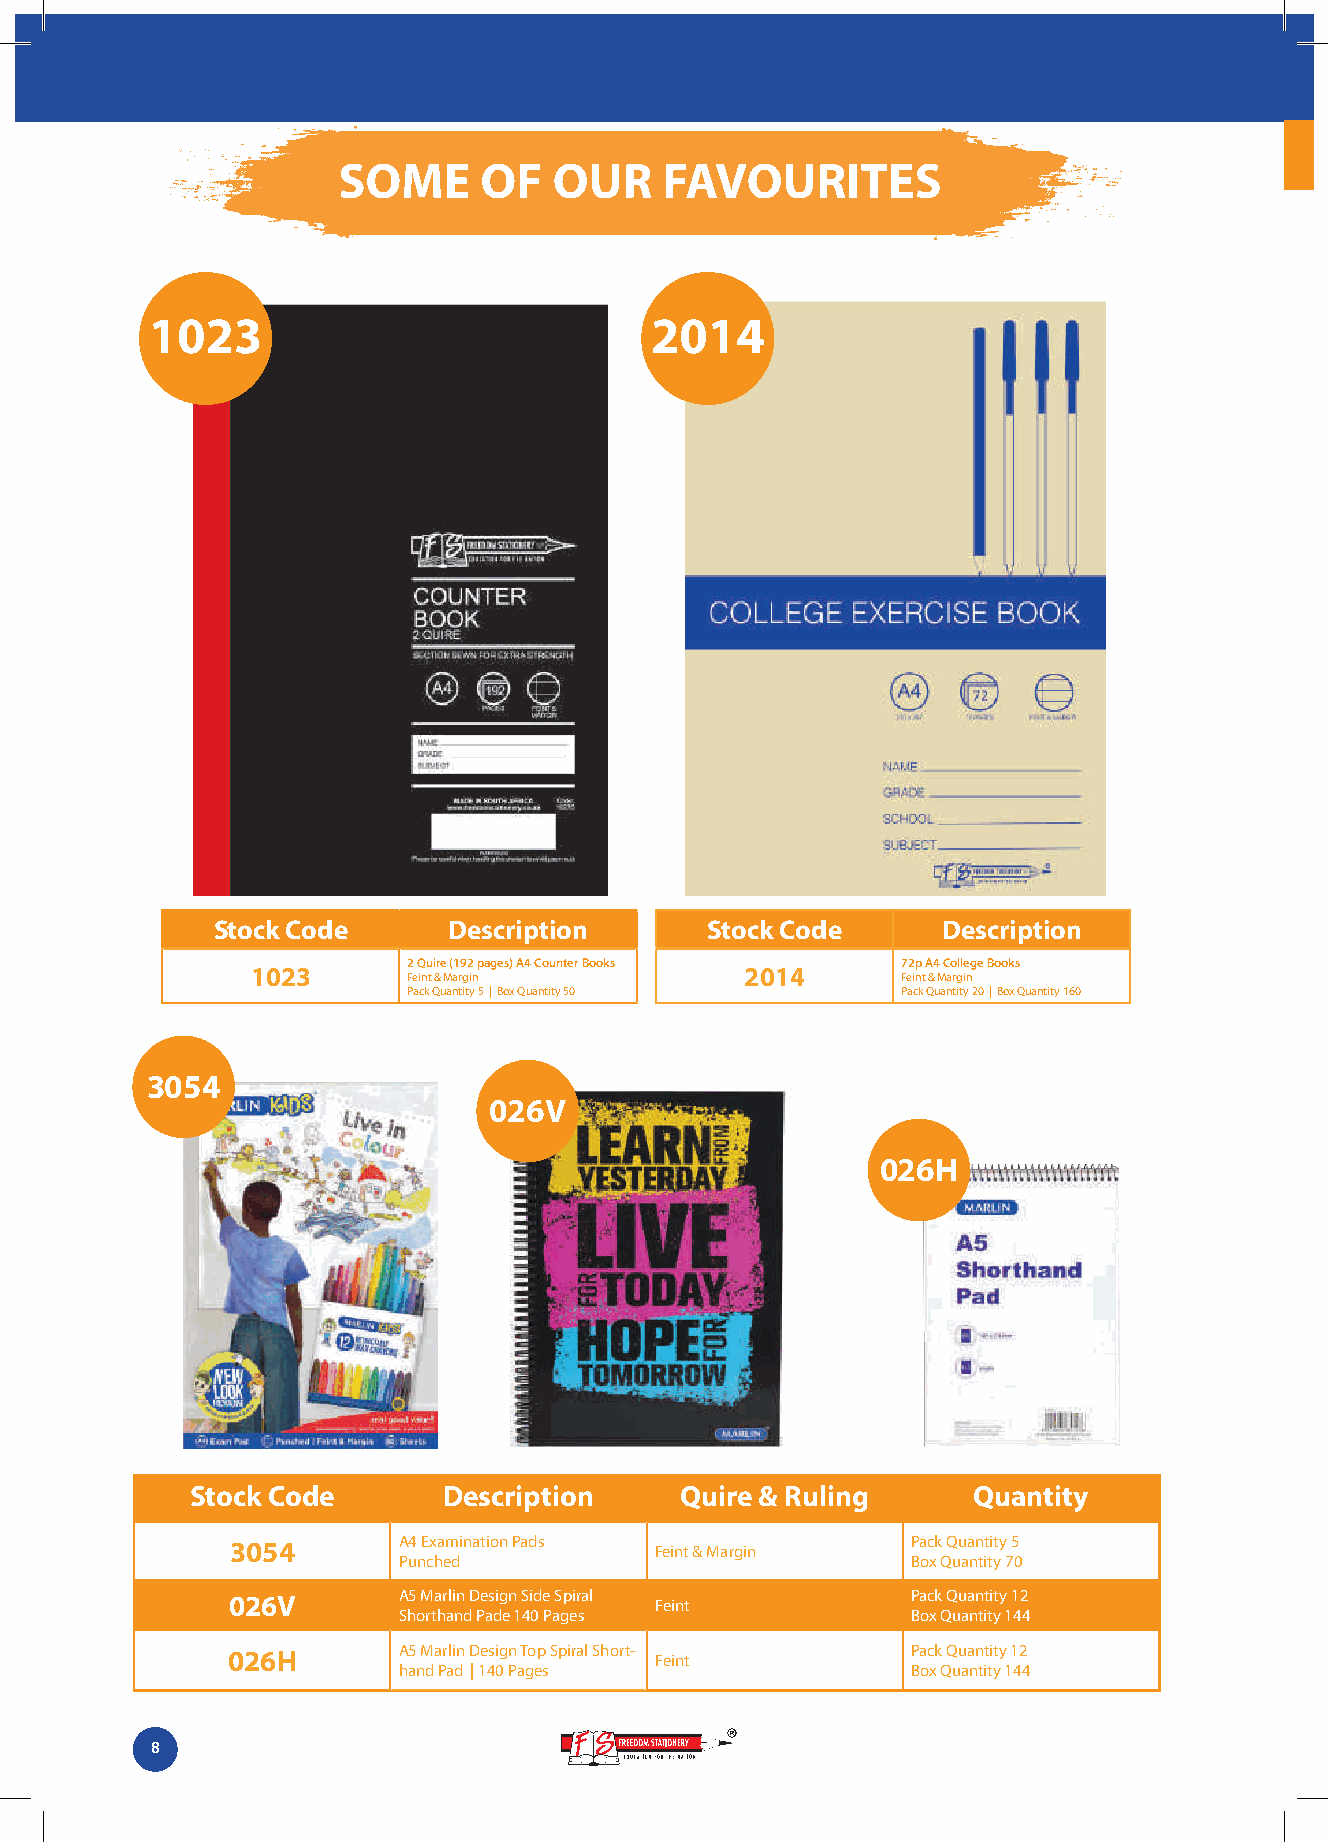
SOME      OF   OUR    FAVOURITES
 1023                             2014
 Stock Code      Description      Stock Code     Description
 2 Quire (192 pages) A4 Counter Books 72p A4 College Books
 1023                            2014
 Feint & Margin                   Feint & Margin
 Pack Quantity 5 | Box Quantity 50 Pack Quantity 20 | Box Quantity 160
 3054
 026V
 026H
 Stock Code      Description     Quire & Ruling     Quantity
 3054       A4 Examination Pads Feint & Margin Pack Quantity 5
 Punched                           Box Quantity 70
 026V       A5 Marlin Design Side Spiral Feint Pack Quantity 12
 Shorthand Pade 140 Pages          Box Quantity 144
 026H       A5 Marlin Design Top Spiral Short- Feint Pack Quantity 12
 hand Pad | 140 Pages              Box Quantity 144
 8